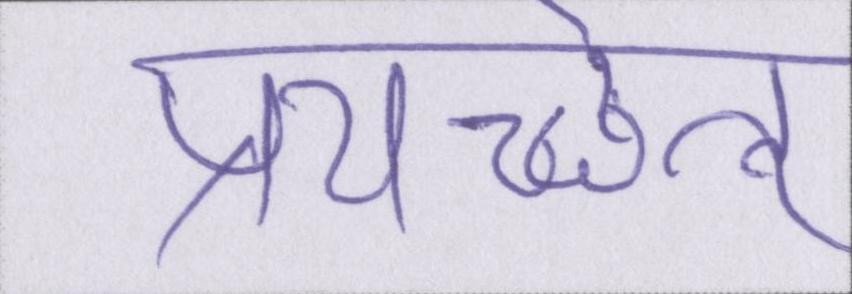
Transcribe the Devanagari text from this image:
प्रयच्छेत्